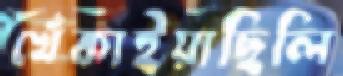
খেঁকাইয়াছিলি